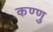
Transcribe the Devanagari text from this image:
कण्णु